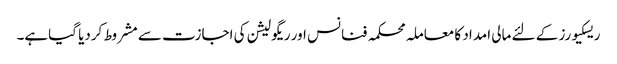
ریسکیورز کے لئے مالی امداد کا معاملہ محکمہ فنانس اور ریگولیشن کی اجازت سے مشروط کردیا گیاہے۔